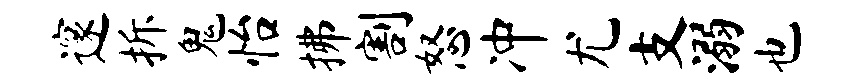
邃拆鬼怡拂割怒冲尤支溺也